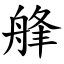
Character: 艂